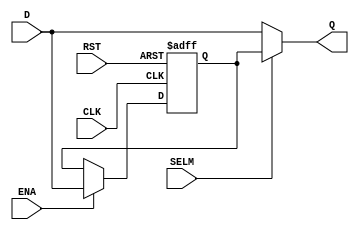
`timescale 1ns / 1ps
//////////////////////////////////////////////////////////////////////////////////
// Company:   Latticesemi Corporation
// Engineer:   
// 
// Create Date:    
// Design Name: 
// Module Name:    REG_BYPASS_MUX

// Revision: 
// Revision 0.01 - File Created
// Additional Comments: 
//////////////////////////////////////////////////////////////////////////////////
module REG_BYPASS_MUX(D, Q, ENA, CLK, RST, SELM);

parameter DATA_WIDTH = 16 ;

input  [DATA_WIDTH - 1 : 0] D ;
output [DATA_WIDTH - 1 : 0] Q ;
input  ENA ;
input  CLK ;
input  RST ;
input  SELM ;

reg    [DATA_WIDTH - 1 : 0] REG_INTERNAL ;

assign Q = ( (SELM) ? REG_INTERNAL : D ) ;

always @ (posedge CLK or posedge RST)
begin
	if (RST)
		REG_INTERNAL <= #1 0 ;
	else if (ENA)
	    REG_INTERNAL <= #1 D ;
	else 
	    REG_INTERNAL <= #1 REG_INTERNAL ;
end

endmodule